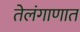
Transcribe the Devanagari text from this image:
तेलंगाणात